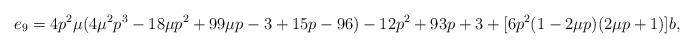
LaTeX: \begin{align*}e_9&=4 p^2\mu(4\mu^2 p^3-18\mu p^2+99\mu p-3+15 p-96)-12p^2+93p+3+[6 p^2 (1-2\mu p) (2\mu p+1)]b,\end{align*}